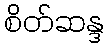
စိတ်ဆန္ဒ